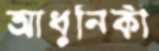
আধুনিকী